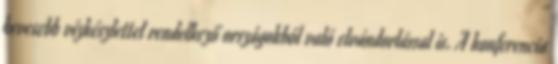
kevesebb vízkészlettel rendelkező országokból való elvándorlással is. A konferencia